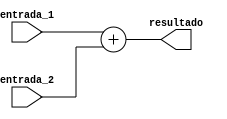

`timescale 1ns/1ns
module ADDER(
    input [19:0] entrada_1,
	input [19:0] entrada_2,
    output reg [20:0] resultado
	);
	
always @(*)
    resultado = entrada_1 + entrada_2;
endmodule
/* Recibe el numero del coeficiente a entregar
gracias al bloque up_counter.*/